Report on vaccination in Madras 1904-1921 - 1904-1921
Year: 1904
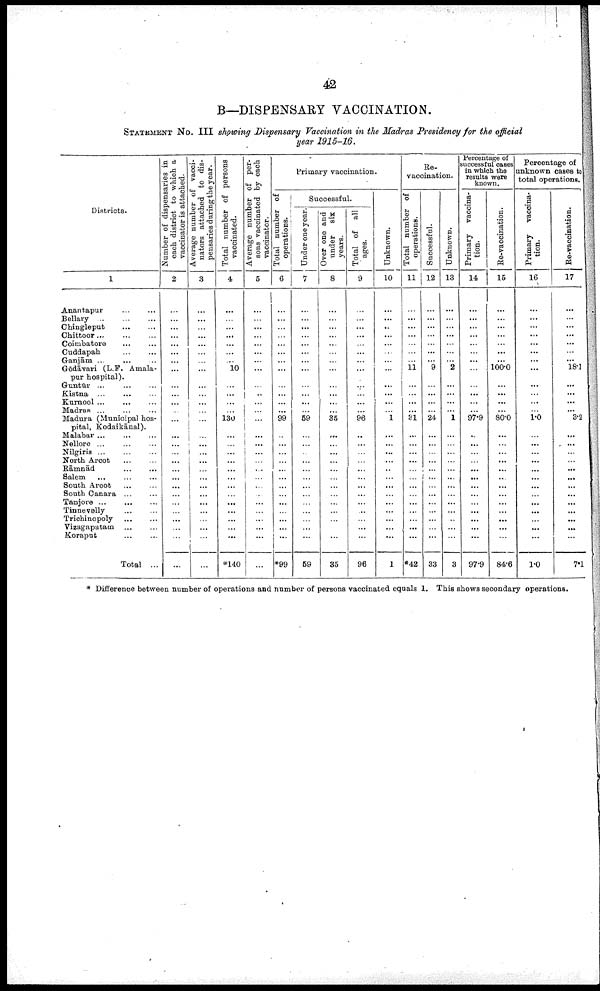
42
B—DISPENSARY VACCINATION.
STATEMENT No. III showing Dispensary Vaccination in the Madras Presidency for the official
year 1915-16.
Districts.
1
Anantapur ... ...
Bellary
...
...
...
Chingleput ... ... ...
Chittoor
...
...
...
Coimbatore ... ...
Cuddapah
...
...
Ganjām
...
...
Gōdāvari (L.F. Amala¬
pur hospital).
Guntūr
...
...
...
Kistna ... ... ...
Kurnool ...
...
...
Madras ... ... ...
Madura (Municipal hos
pital, Kodaikānal).
Malabar ... ... ...
Nellore ... ... ...
Nilgiris ... ... ...
North Arcot ... ...
Rāmnād
...
...
Salem ... ... ...
South Arcot ... ...
South Canara ... ...
Tanjore
...
...
...
Tinnevelly ... ...
Trichinopoly ... ...
Vizagapatam ... ...
Koraput ... ...
Total ...
Number of dispensaries in
each district to which a
vaccinator is attached.
2
...
...
...
...
...
...
...
...
...
...
...
...
...
...
...
...
...
...
...
...
...
...
...
...
...
...
...
Average number of vacci
nators attached to dis
pensaries during the year.
3
...
...
...
...
...
...
...
...
...
...
...
...
...
...
...
...
...
...
...
...
...
...
...
...
...
...
...
Total number of persons
vaccinated.
4
...
...
...
...
...
...
...
10
...
...
...
...
130
...
...
...
...
...
...
...
...
...
...
...
...
...
*140
Average number of per
sons vaccinated by each
vaccinator.
5
...
...
...
...
...
...
...
...
...
...
...
...
...
...
...
...
...
...
...
...
...
...
...
...
...
...
...
Primary vaccination.
Total number of
operations.
6
...
...
...
...
...
...
...
...
...
...
...
...
99
...
...
...
...
...
...
...
...
...
...
...
...
...
*99
Successful.
Under one year.
7
...
...
...
...
...
...
...
...
...
...
...
...
59
...
...
...
...
...
...
...
...
...
...
...
...
...
59
Over one and
under
six
years.
8
...
...
...
...
...
...
...
...
...
...
...
...
35
...
...
...
...
...
...
...
...
...
...
...
...
...
35
Total of all
ages.
9
...
...
...
...
...
...
...
...
...
...
...
...
96
...
...
...
... ...
...
...
...
...
...
...
...
...
96
Unknown.
10
...
...
...
...
...
...
...
...
...
...
...
...
1
...
...
...
...
...
...
...
...
...
...
...
...
...
1
Re-
vaccination.
Total number of
operations.
11
...
...
...
...
...
...
...
11
...
...
...
...
31
...
...
...
...
...
...
...
...
...
...
...
...
...
*42
Successful.
12
...
...
...
...
...
...
...
9
...
...
...
...
24
...
...
...
...
...
...
...
...
...
...
...
...
...
33
Unknown.
13
...
...
...
...
...
...
...
2
...
...
...
...
1
...
...
...
...
...
...
...
...
...
...
...
...
...
3
Percentage of
successful cases
in which the
results were
known.
Primary vaccina
tion.
14
...
...
...
...
...
...
...
...
...
...
...
...
97.9
...
...
...
...
...
...
...
...
...
...
...
...
...
97.9
Re-vaccination.
15
...
...
...
...
...
...
...
100.0
...
...
...
...
80.0
...
...
...
...
...
...
...
...
...
...
...
...
...
84.6
Percentage of
unknown cases to
total operations.
Primary
vaccina
tion.
16
...
...
...
...
...
...
...
...
...
...
...
...
1.0
...
...
...
...
...
...
...
...
...
...
...
...
...
1.0
Re-vaccination.
17
...
...
...
...
...
...
...
18.1
...
...
...
...
3.2
...
...
...
...
...
...
...
...
...
...
...
...
...
7.1
* Difference between number of operations and number of persons vaccinated equals 1. This shows secondary operations.